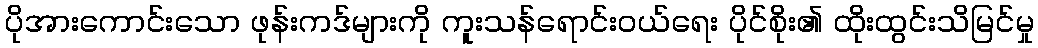
ပိုအားကောင်းသော ဖုန်းကဒ်များကို ကူးသန်ရောင်းဝယ်ရေး ပိုင်စိုး၏ ထိုးထွင်းသိမြင်မှု